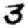
Digit: 3